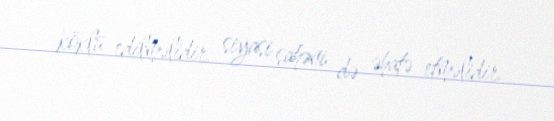
köklü edilməlidir, siyasi sahəni də əhatə etməlidir.